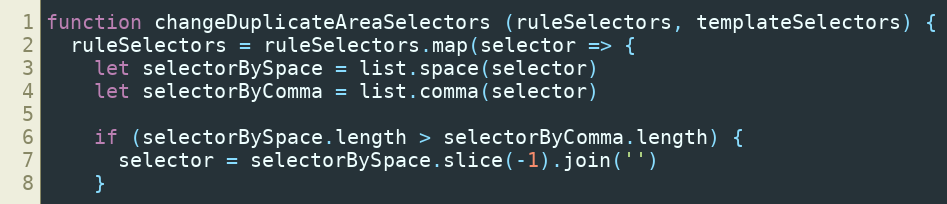
Language: JavaScript
function changeDuplicateAreaSelectors (ruleSelectors, templateSelectors) {
  ruleSelectors = ruleSelectors.map(selector => {
    let selectorBySpace = list.space(selector)
    let selectorByComma = list.comma(selector)

    if (selectorBySpace.length > selectorByComma.length) {
      selector = selectorBySpace.slice(-1).join('')
    }